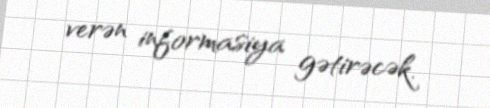
verən informasiya gətirəcək.